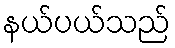
နယ်ပယ်သည်